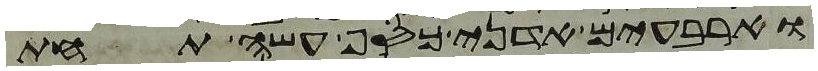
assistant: וארבעים אדני כסף עשה תחת